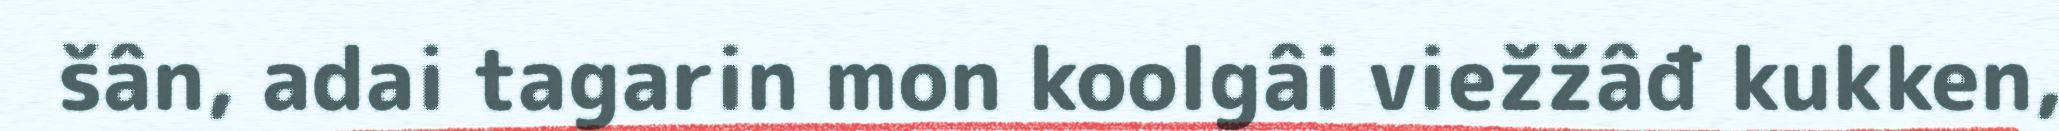
šân, adai tagarin mon koolgâi viežžâđ kukken,